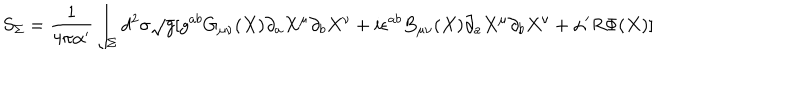
S _ { \Sigma } = \frac { 1 } { 4 \pi \alpha ^ { \prime } } \int _ { \Sigma } d ^ { 2 } \sigma \sqrt g [ g ^ { a b } G _ { \mu \nu } ( X ) \partial _ { a } X ^ { \mu } \partial _ { b } X ^ { \nu } + i \epsilon ^ { a b } B _ { \mu \nu } ( X ) \partial _ { a } X ^ { \mu } \partial _ { b } X ^ { \nu } + \alpha ^ { \prime } R \Phi ( X ) ]